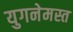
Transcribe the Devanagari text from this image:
युगनेमस्त